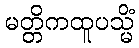
မတ္တိကထူပသ္မိံ